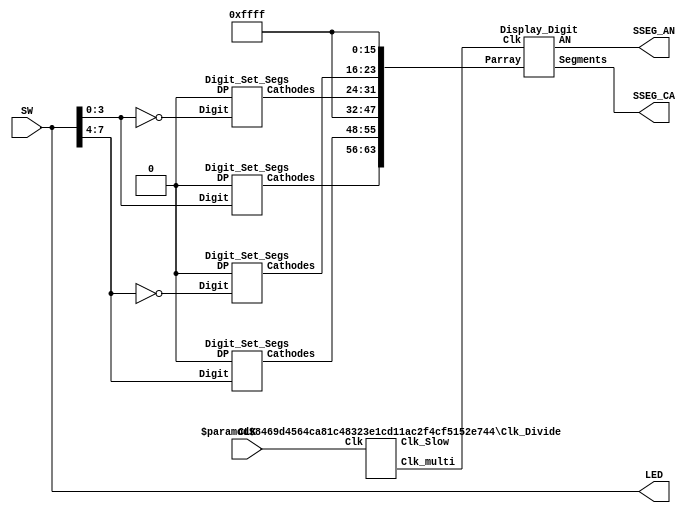
`timescale 1ns / 1ps
// Project name: HexDigit Complementer 
   
//  SSEG_CA format {dp,g, f, e, d, c, b, a}


module Hex_Digit_Comp(
    input        CLK,
    input  [7:0] SW,
    output [7:0] LED,
    output [7:0] SSEG_CA,
    output [7:0] SSEG_AN
    );
    parameter width1 = 100000000;
    parameter width2=10000;     

    wire [7:0] Sarray [0:7];    //64 bit 2D array holding desired values for all digits
    wire [63:0] Pass_Array;     // 64 bit 1D array used to pass the 2D array to submodule
    wire [7:0] Seg_val0;         // holding 8 bit cathode values to pass to submodule
    wire [7:0] Seg_val1;
    wire [7:0] Seg_val2;
    wire [7:0] Seg_val3;
    wire Clk_Slow, Clk_Multi;   //Clocks from divider module

    assign LED = SW;
    
    Clk_Divide # (width1,width2) In1 (CLK, Clk_Slow, Clk_Multi);  //Clock divider module instanitation
    Digit_Set_Segs In2 (SW[3:0],1'b0,Seg_val0);  //the 1'b0 turns off decimal point
    assign Sarray [0] =  Seg_val0;              //Have to use Seg_valx  because can't pass 2D array into submodule
    Digit_Set_Segs In3 (SW[7:4],1'b0,Seg_val1);
    assign Sarray [1] =  Seg_val1;

//Digits #4 and #5 are complements
    Digit_Set_Segs In4 (~SW[3:0],1'b0,Seg_val2);
    assign Sarray[4] = Seg_val2;
    Digit_Set_Segs In5 (~SW[7:4],1'b0,Seg_val3);
    assign Sarray[5] = Seg_val3;

//Now we turn off the indicators we are not using by putting FF in the 2D array for each indicator.
    assign Sarray [2] = 8'hFF;  
    assign Sarray [3] = 8'hFF;
    assign Sarray [6] = 8'hFF;
    assign Sarray [7] = 8'hFF;
    
//Linerize the Sarray
    assign Pass_Array = {Sarray[0],Sarray[1],Sarray[2],Sarray[3],Sarray[4],Sarray[5],Sarray[6],Sarray[7]};
    
    Display_Digit In6 (Pass_Array, Clk_Multi, SSEG_CA, SSEG_AN);  //Make sure you understand this line!
        
endmodule


//This module takes linerized 2D array of cathod segments for all 8 indicators
//Must linerize the 2D array in top module same as un-linerized in this sub-module
//Where all segments are 0 if that indicator digit is blanked
//the multi clock is used to multiplex the 8 indicators with the desired values in the linerized 
//2D array.  It makes sure all are off before setting new segment values to avoid streaks
//The multi clock should be a few KHz, anodes and cathods are passed back and should be
//connected to the top port for the indicators.

module Display_Digit (
    input [63:0] Parray,
    input  Clk,
    output reg [7:0] Segments,
    output reg [7:0] AN
    );
    
    wire [7:0] Cath [0:7];  //array of 8, 8 bit cathode values where Seg [0] is Right indicator
                            // and Seg[7] is Left most indicator cathods 
    reg [3:0] i;  // used to count through 16 states to multiplex the 8 displays
    
    //break out the linerized array
    assign {Cath [0],Cath [1],Cath [2],Cath [3],Cath [4],Cath [5],Cath [6],Cath [7]} = Parray;
    initial begin
    i=4'b0000;
    end
    
         always @(posedge Clk)begin    
        
          case (i)   
           4'h0:
           begin
           AN = ~(8'b00000000);  //All off, set cathodes  
           Segments = Cath [0];
           end
	   4'h1:AN = ~(8'b00000001);  //Display 1st indicator on R  
                     
           4'h2:
           begin
           AN = ~(8'b00000000);   
           Segments = Cath [1];
           end
           4'h3:AN = ~(8'b00000010);  
           
           4'h4:
           begin
           AN = ~(8'b00000000);   
           Segments = Cath [2];
           end
           4'h5:AN = ~(8'b00000100);  
           
           4'h6:
           begin
           AN = ~(8'b00000000);   
           Segments = Cath [3];
           end
           4'h7:AN = ~(8'b00001000);  
           
           4'h8:
           begin
           AN = ~(8'b00000000);   
           Segments = Cath [4];
           end
           4'h9:AN = ~(8'b00010000);  
           
           4'hA:
           begin
           AN = ~(8'b00000000);   
           Segments = Cath [5];
           end
           4'hB:AN = ~(8'b00100000);  
           
           4'hC:
           begin
           AN = ~(8'b00000000);   
           Segments = Cath [6];
           end
           4'hD:AN = ~(8'b01000000);  
           
           4'hE: 
           begin
           AN = ~(8'b00000000);   
           Segments = Cath [7];
           end
           4'hF:AN = ~(8'b10000000);                                                                              
           
           default:AN = ~(8'b00000000);   
           endcase 
           i = i + 4'b0001;
           end
   endmodule

// This module slows down the 100 Mhz clock to a 2 second period. and 1 KHz multi clocks

module Clk_Divide (Clk, Clk_Slow, Clk_multi);
input Clk;
output Clk_Slow,Clk_multi;
reg Clk_Slow;
reg Clk_multi;
parameter size1 = 100000000;
parameter size2 = 10000; //added to be used by test bench 

reg [31:0] counter_out1, counter_out2;
	initial begin
	counter_out1<= 32'h00000000;
	counter_out2<= 32'h00000000;
	Clk_Slow  <= 1'b0;
	Clk_multi <= 1'b0;
	end
	
//always block runs on the fast 100MHz clock
always @(posedge Clk) begin
	counter_out1<=    counter_out1 + 32'h00000001;
	counter_out2<=    counter_out2 + 32'h00000001;		
	if (counter_out1  > size1) begin
		counter_out1<= 32'h00000000;
		Clk_Slow <= !Clk_Slow;
	end
    if (counter_out2  > size2) begin
       counter_out2<= 32'h00000000;
       Clk_multi <= !Clk_multi;
    end
end
endmodule

module Digit_Set_Segs( 
input [3:0] Digit, //All 16 hex digits decoded
input DP,  //DP=1 means turn on Decmil Point
output [7:0] Cathodes);  //Note bit order Hi to Lo (DP,G,F,E,D,C,B,A)

reg [7:0]SEG_CA;

assign Cathodes = {(~DP),SEG_CA[6:0]};

          always @(Digit)begin
case (Digit)
   4'h0: SEG_CA = ~(8'b00111111);    //Note:  to lite digit, cathode must = 0
   4'h1: SEG_CA = ~(8'b00000110);
   4'h2: SEG_CA = ~(8'b01011011);
   4'h3: SEG_CA = ~(8'b01001111);
   4'h4: SEG_CA = ~(8'b01100110);
   4'h5: SEG_CA = ~(8'b01101101);
   4'h6: SEG_CA = ~(8'b01111101);
   4'h7: SEG_CA = ~(8'b00000111);
   4'h8: SEG_CA = ~(8'b01111111);
   4'h9: SEG_CA = ~(8'b01100111);
   4'hA: SEG_CA = ~(8'b01110111);
   4'hB: SEG_CA = ~(8'b01111100);
   4'hC: SEG_CA = ~(8'b00111001);
   4'hD: SEG_CA = ~(8'b01011110);
   4'hE: SEG_CA = ~(8'b01111001);
   4'hF: SEG_CA = ~(8'b01110001);
   default: SEG_CA = ~(8'b01001001);
 endcase
 end 
endmodule